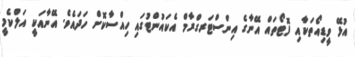
އުޅޭ ވީޑިއޯތަކާއި ފޮޓޯތައް އޭނާގެ އިންސްޓަރގްރާމް އެކައުންޓުގައި ހިއްސާކޮށް ހަދައެވެ. އޭނާއަކީ އަލްކެމީ